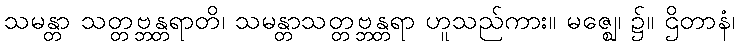
သမန္တာ သတ္တဗ္ဘန္တရာတိ၊ သမန္တာသတ္တဗ္ဘန္တရာ ဟူသည်ကား။ မဇ္ဈေ၊ ၌။ ဌိတာနံ၊